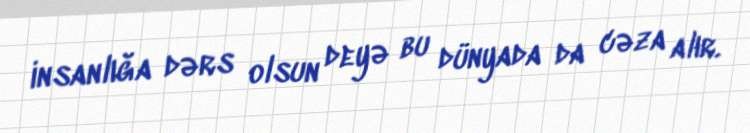
insanlığa dərs olsun deyə bu dünyada da cəza alır.